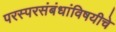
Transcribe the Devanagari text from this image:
परस्परसंबंधांविषयीचे